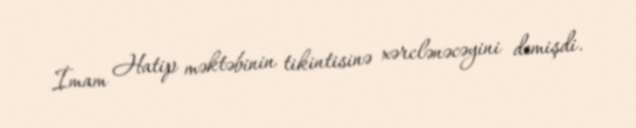
İmam Hatip məktəbinin tikintisinə xərclənəcəyini demişdi.